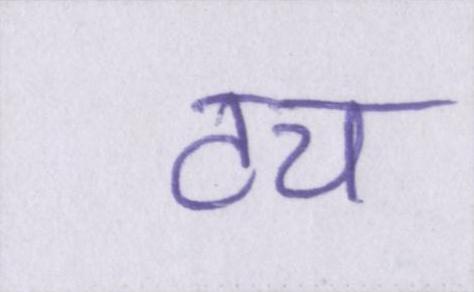
टच